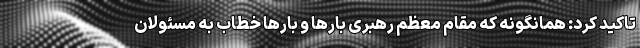
تاکید کرد: همانگونه که مقام معظم رهبری بارها و بارها خطاب به مسئولان